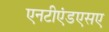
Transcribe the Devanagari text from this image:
एनटीएंडएसए